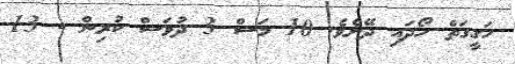
ހަގީގަތް ހޯދައި ދޭށެވެ. 10 މަސް 3 ދުވަސް ކުރިން - 13